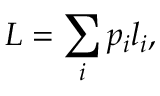
L = \sum _ { i } p _ { i } l _ { i } ,